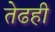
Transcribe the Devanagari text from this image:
तेढही